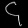
Digit: ၄